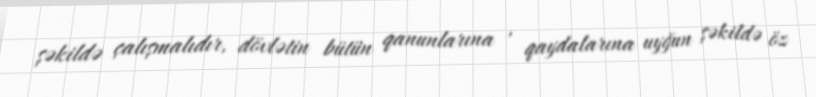
şəkildə çalışmalıdır, dövlətin bütün qanunlarına , qaydalarına uyğun şəkildə öz